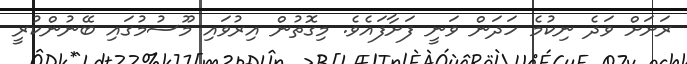
ރަށަށް ވަދެ ނިކުމެ ހަދަން ވަނީ ފަށާފައެވެ. މިގޮތުން އިރުވައި މޫސުމުގައި ބޭނުންކުރީ